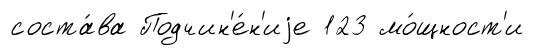
соста́ва Подчин'е́н'иjе 123 мо́щност'и